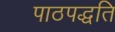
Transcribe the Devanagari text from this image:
पाठपद्धति